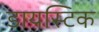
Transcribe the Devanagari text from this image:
डायस्टिक